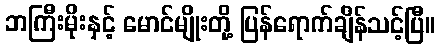
ဘကြီးမိုးနှင့် မောင်မျိုးတို့ ပြန်ရောက်ချိန်သင့်ပြီ။